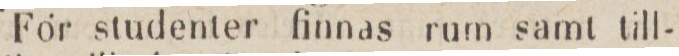
För studenter finnas rum samt till-